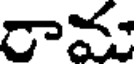
రామ